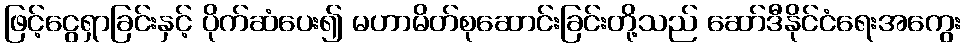
ဖြင့်ငွေရှာခြင်းနှင့် ပိုက်ဆံပေး၍ မဟာမိတ်စုဆောင်းခြင်းတို့သည် ဆော်ဒီနိုင်ငံရေးအကွေး